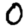
Digit: 0